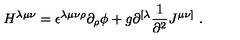
H ^ { \lambda \mu \nu } = \epsilon ^ { \lambda \mu \nu \rho } \partial _ { \rho } \phi + g \partial ^ { [ \lambda } { \frac { 1 } { \partial ^ { 2 } } } J ^ { \mu \nu ] } \ .